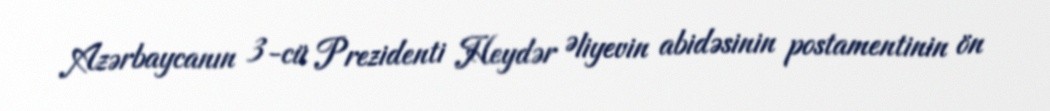
Azərbaycanın 3-cü Prezidenti Heydər Əliyevin abidəsinin postamentinin ön